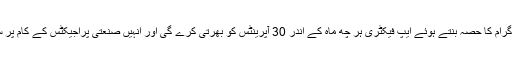
تفصیلات کے مطابق نئے ایل ایم کے ٹی سپارک پروگرام کا حصہ بنتے ہوئے ایپ فیکٹری ہر چھ ماہ کے اندر 30 آپرینٹس کو بھرتی کرے گی اور انہیں صنعتی پراجیکٹس کے کام پر سینئر سافٹ ویئر ٹیکنیشنز کے ساتھ مامور کرے گی۔